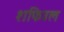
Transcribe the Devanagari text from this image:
शफिउल